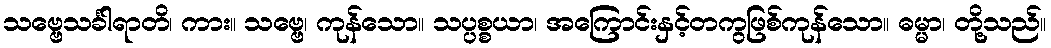
သဗ္ဗေသင်္ခါရာတိ၊ ကား။ သဗ္ဗေ၊ ကုန်သော။ သပ္ပစ္စယာ၊ အကြောင်းနှင့်တကွဖြစ်ကုန်သော။ ဓမ္မာ၊ တို့သည်။